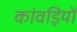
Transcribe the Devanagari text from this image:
कांवड़ियों